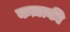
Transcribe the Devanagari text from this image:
कज़ाकी